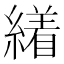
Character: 𦅝